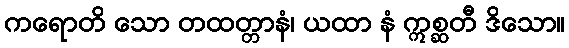
ကရောတိ သော တထတ္တာနံ၊ ယထာ နံ ဣစ္ဆတီ ဒိသော။